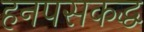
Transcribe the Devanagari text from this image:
हनपसकद्ध